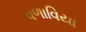
વળાવિયા